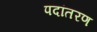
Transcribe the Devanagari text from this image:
पदांतरण